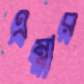
এম্বার